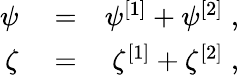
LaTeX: \begin{array}{rlr}{\psi}&{{}=}&{\psi^{[1]}+\psi^{[2]}\; ,}\\ {\zeta}&{{}=}&{\zeta^{[1]}+\zeta^{[2]}\; ,}\end{array}